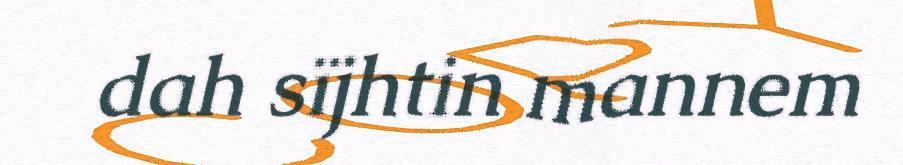
dah sïjhtin mannem